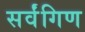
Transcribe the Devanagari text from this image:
सर्वंगिण